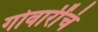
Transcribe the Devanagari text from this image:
गोवारींचं